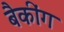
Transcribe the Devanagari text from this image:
बैकींग